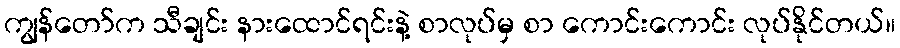
ကျွန်တော်က သီချင်း နားထောင်ရင်းနဲ့ စာလုပ်မှ စာ ကောင်းကောင်း လုပ်နိုင်တယ်။